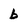
Character: b